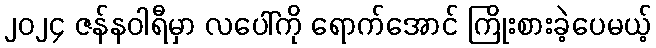
၂၀၂၄ ဇန်နဝါရီမှာ လပေါ်ကို ရောက်အောင် ကြိုးစားခဲ့ပေမယ့်